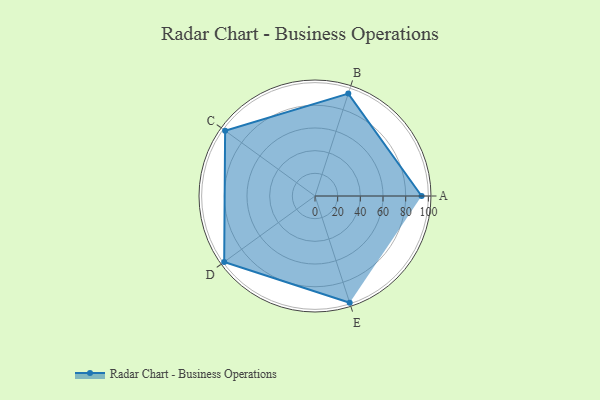
{"axis": {"x": "Skill", "y": "Score"}, "legend": ["Profile"], "data": [{"x": "A", "y": 94.0, "type": "Profile"}, {"x": "B", "y": 95.0, "type": "Profile"}, {"x": "C", "y": 98.0, "type": "Profile"}, {"x": "D", "y": 99, "type": "Profile"}, {"x": "E", "y": 99, "type": "Profile"}]}